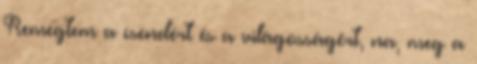
Remegtem a csendért és a világosságért, na, meg a